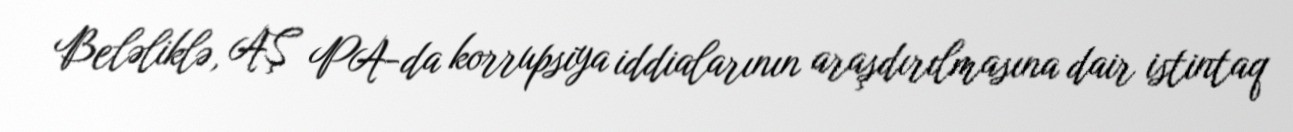
Beləliklə, AŞ PA-da korrupsiya iddialarının araşdırılmasına dair istintaq